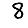
Digit: 8